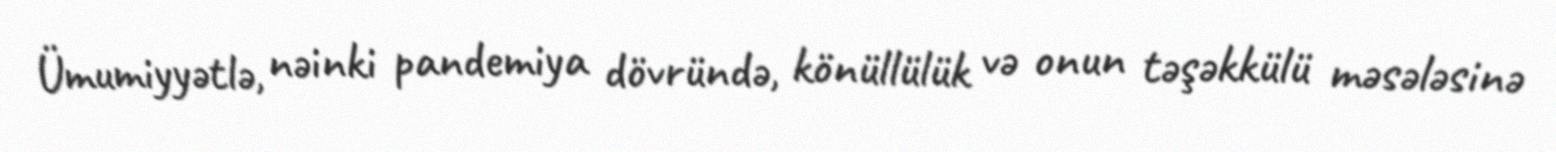
Ümumiyyətlə, nəinki pandemiya dövründə, könüllülük və onun təşəkkülü məsələsinə